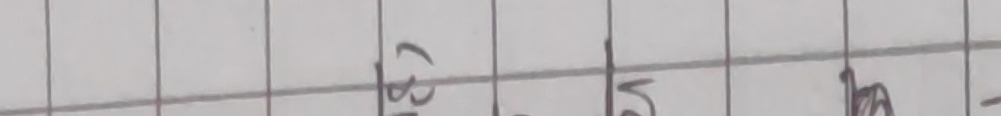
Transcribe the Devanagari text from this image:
६७ भ-